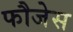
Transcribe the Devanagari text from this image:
फौजेस